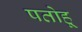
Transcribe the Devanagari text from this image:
पतोहू